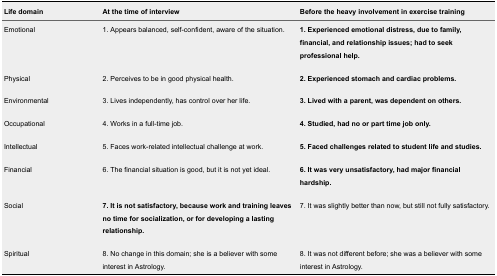
<table><thead><tr><td><b>Life domain</b></td><td><b>At the time of interview</b></td><td><b>Before the heavy involvement in exercise training</b></td></tr></thead><tbody><tr><td>Emotional</td><td>1. Appears balanced, self-confident, aware of the situation.</td><td><b>1. Experienced emotional distress, due to family, financial, and relationship issues; had to seek professional help.</b></td></tr><tr><td>Physical</td><td>2. Perceives to be in good physical health.</td><td><b>2. Experienced stomach and cardiac problems.</b></td></tr><tr><td>Environmental</td><td>3. Lives independently, has control over her life.</td><td><b>3. Lived with a parent, was dependent on others.</b></td></tr><tr><td>Occupational</td><td>4. Works in a full-time job.</td><td><b>4. Studied, had no or part time job only.</b></td></tr><tr><td>Intellectual</td><td>5. Faces work-related intellectual challenge at work.</td><td><b>5. Faced challenges related to student life and studies.</b></td></tr><tr><td>Financial</td><td>6. The financial situation is good, but it is not yet ideal.</td><td><b>6. It was very unsatisfactory, had major financial hardship.</b></td></tr><tr><td>Social</td><td><b>7. It is not satisfactory, because work and training leaves no time for socialization, or for developing a lasting relationship.</b></td><td>7. It was slightly better than now, but still not fully satisfactory.</td></tr><tr><td>Spiritual</td><td>8. No change in this domain; she is a believer with some interest in Astrology.</td><td>8. It was not different before; she was a believer with some interest in Astrology.</td></tr></tbody></table>